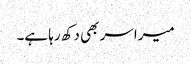
میرا سر بھی دکھ رہا ہے۔